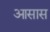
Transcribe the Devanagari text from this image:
आसास